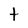
Character: T